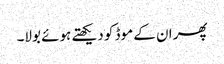
پھر ان کے موڈ کو دیکھتے ہوئے بولا۔